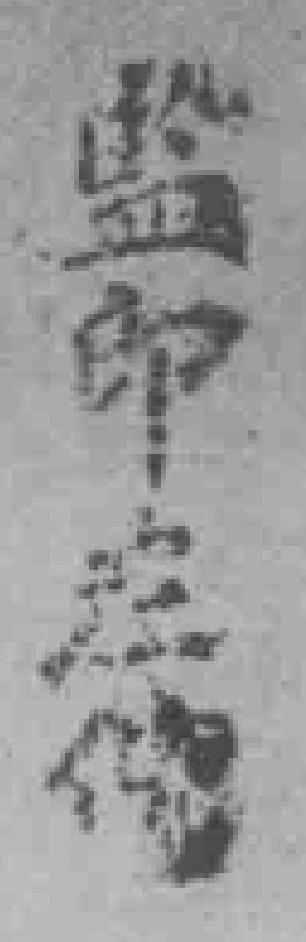
监印在*